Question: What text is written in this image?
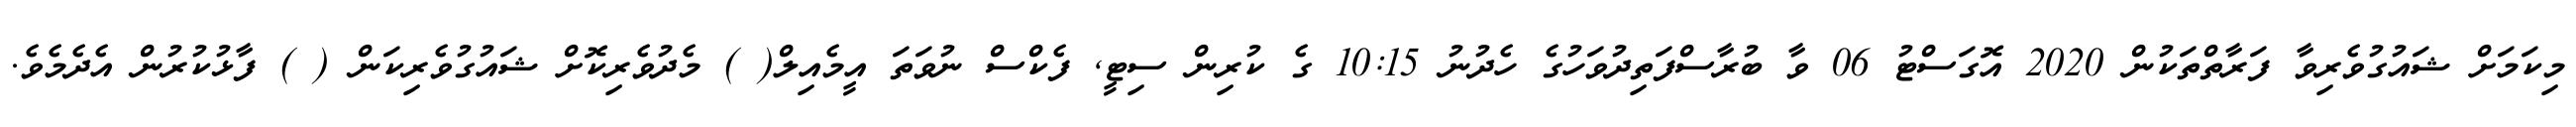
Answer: މިކަމަށް ޝައުގުވެރިވާ ފަރާތްތަކުން 2020 އޮގަސްޓު 06 ވާ ބުރާސްފަތިދުވަހުގެ ހެދުނު 10:15 ގެ ކުރިން ސިޓީ, ފެކްސް ނުވަތަ އީމެއިލް( ) މެދުވެރިކޮށް ޝައުގުވެރިކަން ( ) ފާޅުކުރުން އެދެމެވެ.